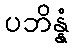
ပဘိန္နံ